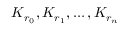
K _ { r _ { 0 } } , K _ { r _ { 1 } } , \ldots , K _ { r _ { n } }